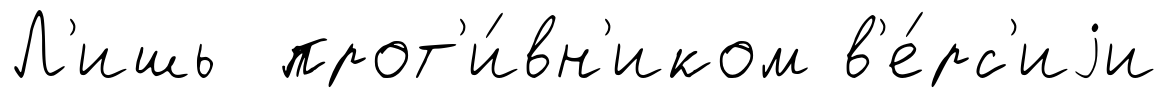
Л'ишь прот'и́вн'иком в'е́рс'иjи